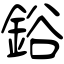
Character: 鋊